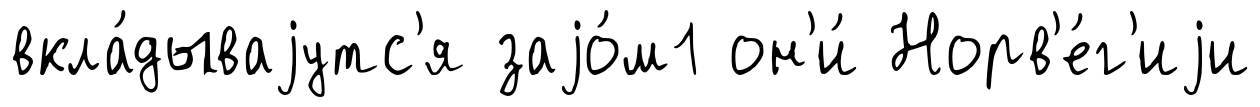
вкла́дываjутс'я заjо́м1 он'и́ Норв'е́г'иjи